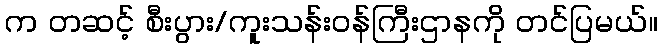
က တဆင့် စီးပွား/ကူးသန်းဝန်ကြီးဌာနကို တင်ပြမယ်။